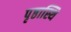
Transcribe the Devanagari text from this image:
पृष्ठास्थि